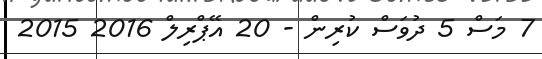
7 މަސް 5 ދުވަސް ކުރިން - 20 އޭޕްރިލް 2016 2015